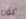
كون